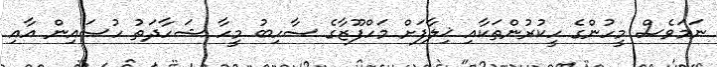
ނަމަވެސް މީހުންގެ ހީކުރުންތަކާއި ޚިލާފަށް މަހްފޫޒާގެ ސާހިބު މީހާ ޝަހާދަތު ހުސައިން އާއި